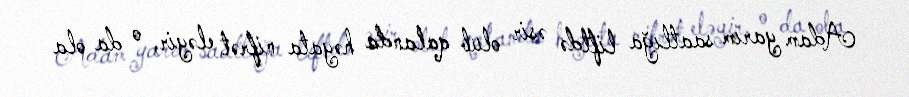
Adam yarım saatlığa liftdə əsir olub qalanda həyata nifrət eləyir, o da ola